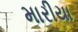
મારીયા